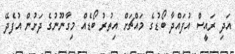
އަދި ރައީސް އުފައްދާ ބޯޑުގެ މައްޗަށް އިތުރު ބޯޑެއް މިގާނޫނުގެ ދަށުން އުފެދޭ